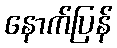
နောက်ပြန်